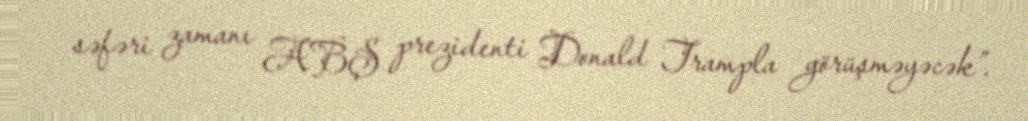
səfəri zamanı ABŞ prezidenti Donald Trampla görüşməyəcək”.